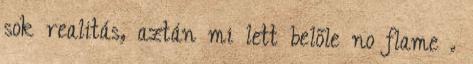
sok realitás, aztán mi lett belőle no flame .